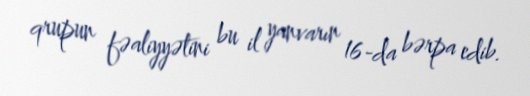
qrupun fəaliyyətini bu il yanvarın 16-da bərpa edib.